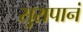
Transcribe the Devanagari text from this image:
सुरापानं